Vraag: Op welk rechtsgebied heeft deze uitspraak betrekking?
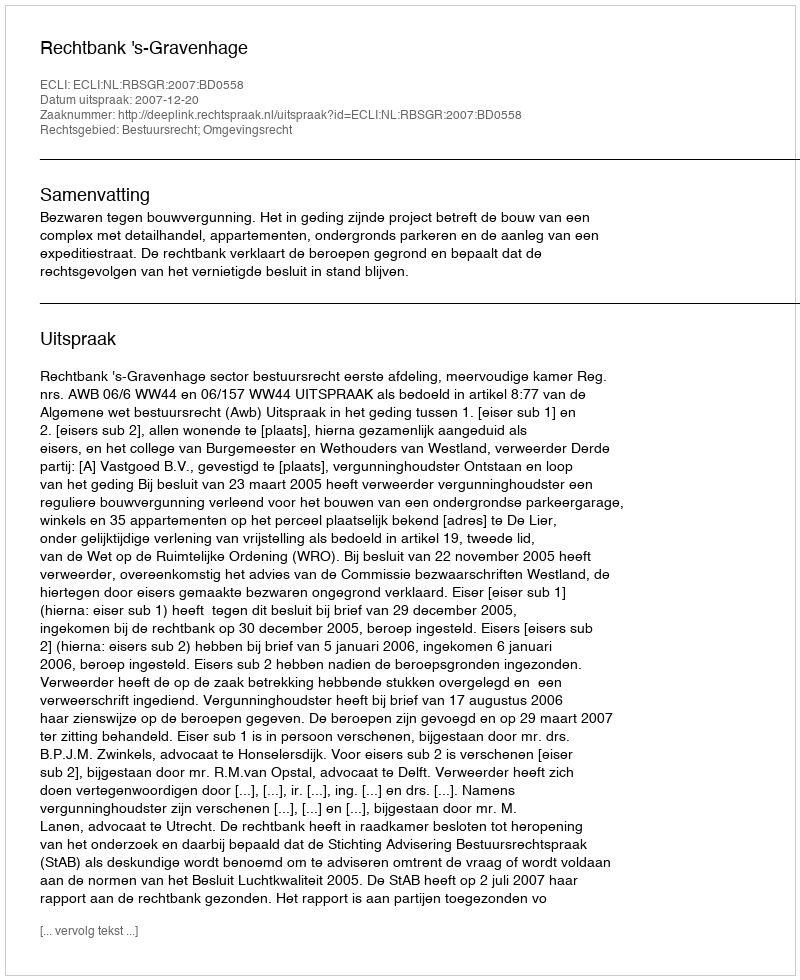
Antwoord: Bestuursrecht; Omgevingsrecht